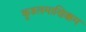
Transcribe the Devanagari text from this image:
कूडलमाणिक्कम